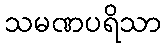
သမဏပရိသာ